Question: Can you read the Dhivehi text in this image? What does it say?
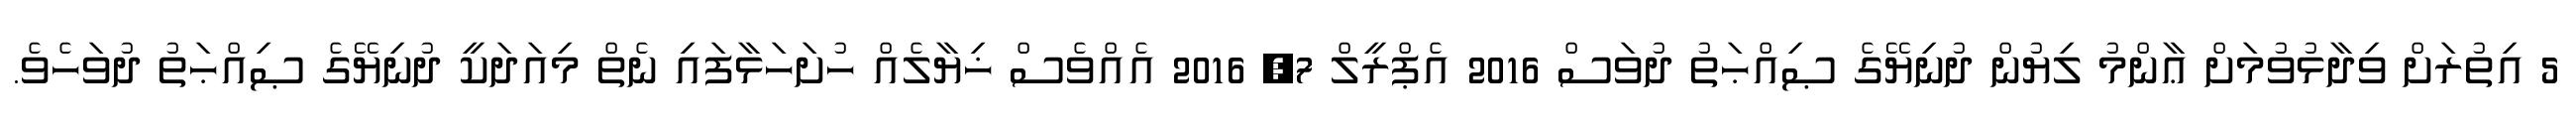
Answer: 5 އިތުރަށް ވިދާޅުވުމަށް ޢާންމު ލިޔުން ދުނިޔޭގެ ޞިއްޙަތު ދުވަސް 2016 އެޕްރީލް 7, 2016 އެއްވެސް ޚިޔާލެއް ހުށަހަޅާފައި ނެތް މިއަދަކީ ދުނިޔޭގެ ޞިއްޙަތު ދުވަހެވެ.